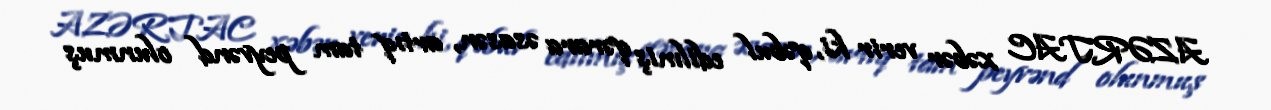
AZƏRTAC xəbər verir ki, qəbul edilmiş qərara əsasən, artıq tam peyvənd olunmuş